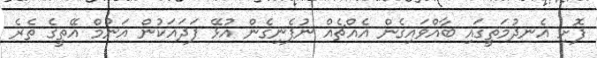
ފޮށި އެނދުމަތީގައި ބާއްވައިގެން އެއްޗެއް ނުފެނިގެން އުޅޭ ފަދައަކުން އަނުމް އޭތީގެ ތެރެ